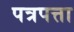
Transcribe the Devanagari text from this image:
पत्रपत्ता